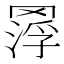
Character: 𦋵